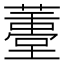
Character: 𱾭